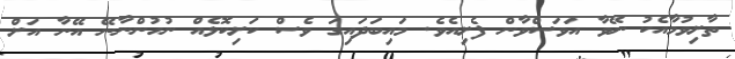
ތާށިވުމާއެކު ނޭވާ އަވަސްވާން ފެށިއެވެ. މައިބަދައިގަ ވެސް ކަށިކޮޅެއް ނުހުންނާނޭ އޭނާ އަށް